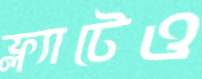
ফ্ল্যাটেও